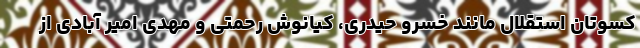
کسوتان استقلال مانند خسرو حیدری، کیانوش رحمتی و مهدی امیر آبادی از